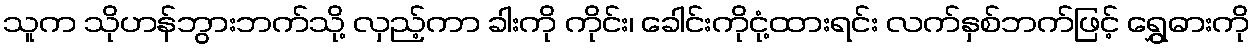
သူက သိုဟန်ဘွားဘက်သို့ လှည့်ကာ ခါးကို ကိုင်း၊ ခေါင်းကိုငုံ့ထားရင်း လက်နှစ်ဘက်ဖြင့် ရွှေဓားကို